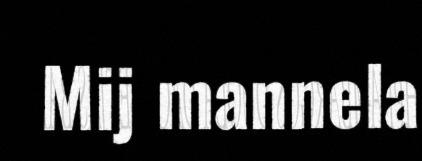
Mij mannela